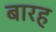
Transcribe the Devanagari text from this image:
बारह